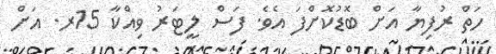
ހަތް ރުފިޔާ އަށް ބޮޑުކޮށްފަ އެވެ. ފަސް ލީޓަރު ވިއްކާ 15ރ. އަށް